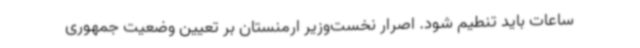
ساعات باید تنطیم شود. اصرار نخست‌وزیر ارمنستان بر تعیین وضعیت جمهوری